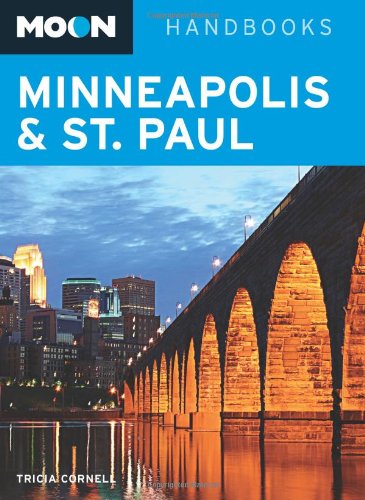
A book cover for Moon Minneapolis and St. Paul (Moon Handbooks); Tricia Cornell; Travel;